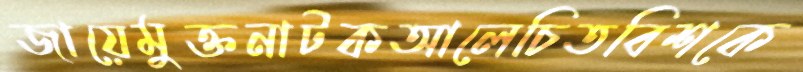
জায়েমুক্তনাটকআলেচিতবিশকে